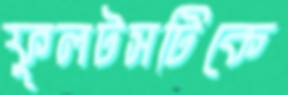
ফুলটসটিকে